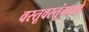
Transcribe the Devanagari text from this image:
वस्तूवस्तूंमधले